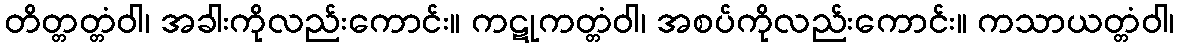
တိတ္တတ္တံဝါ၊ အခါးကိုလည်းကောင်း။ ကဋုကတ္တံဝါ၊ အစပ်ကိုလည်းကောင်း။ ကသာယတ္တံဝါ၊